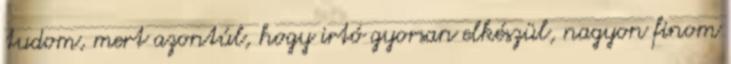
tudom, mert azontúl, hogy irtó gyorsan elkészül, nagyon finom